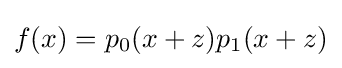
f(x)=p_{0}(x+z)p_{1}(x+z)